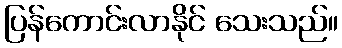
ပြန်ကောင်းလာနိုင် သေးသည်။